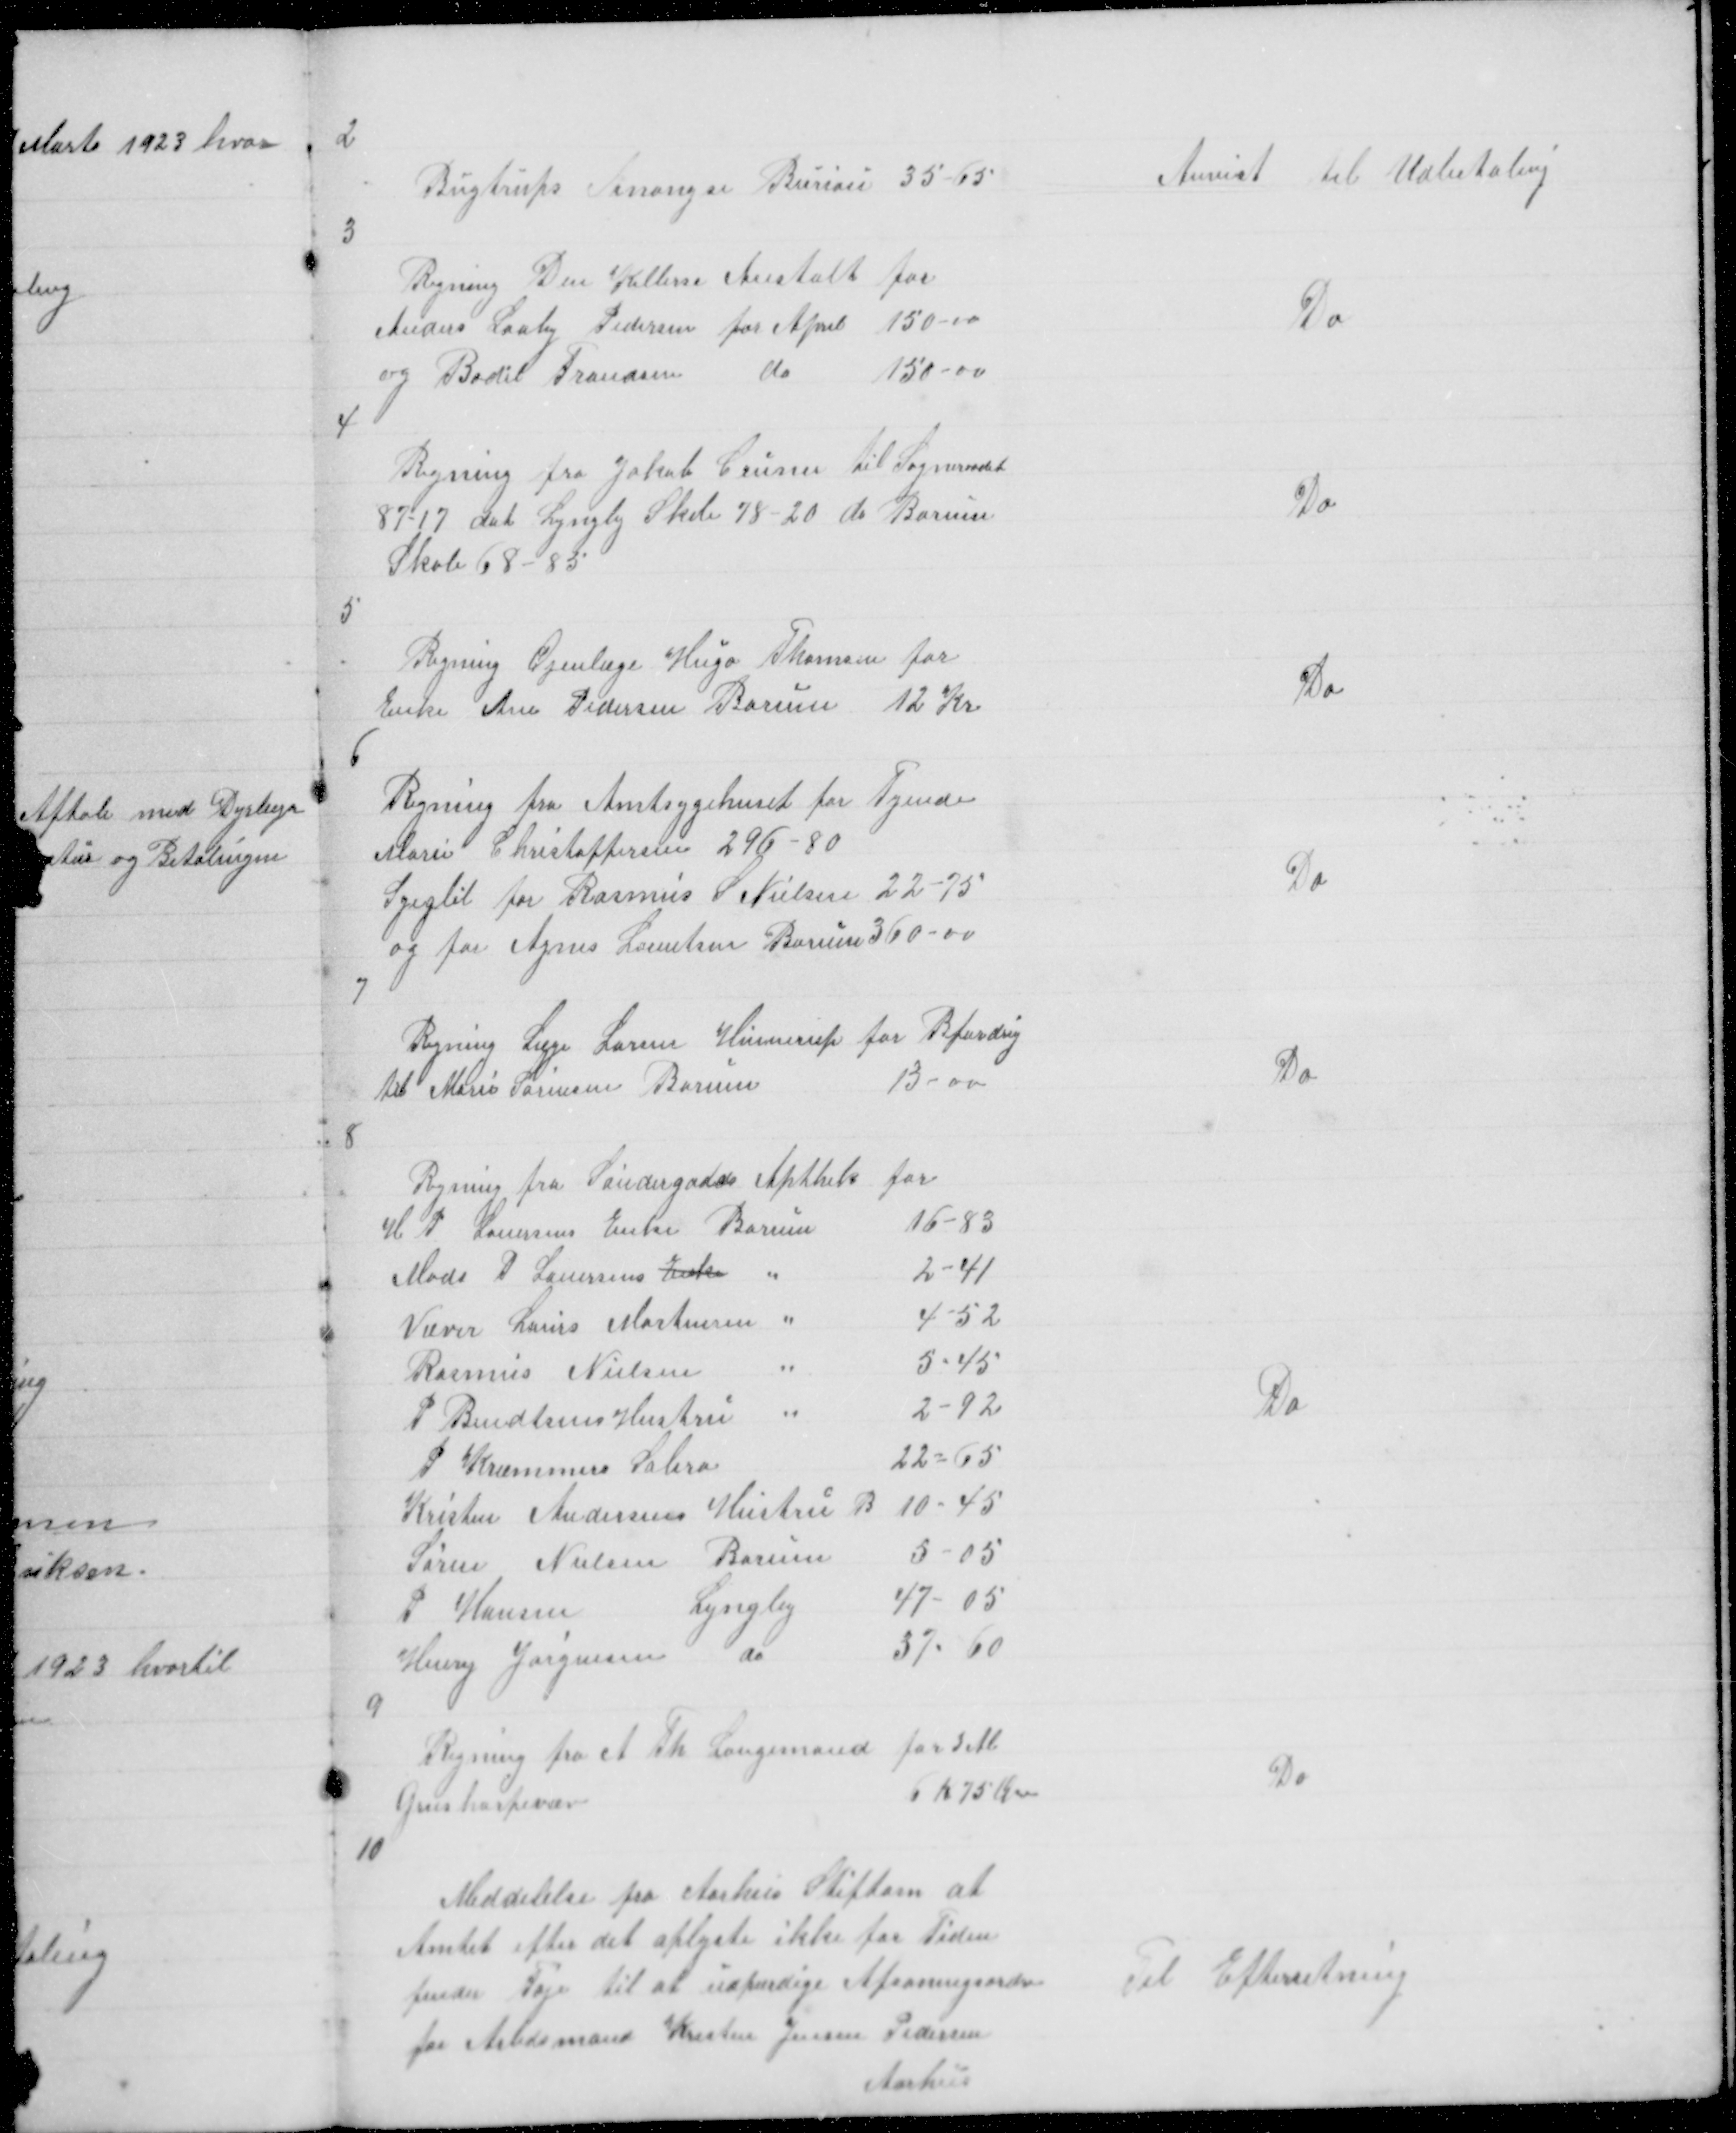
Transskription:
2

Bugtrups Anongse Bureau 35 - 65

Anvist til Udbetaling

3

Regning Den Kellerse Anstalt for
Anders Laaby Pedersen for April 150 - 00
og Bodil Frandsen
do
150 - 00

Do

4

Regning fra Jakob Ceuner til Sogneraadet
87 - 17 do t Lyngby Skole 78 - 20 do Borum
Skole 68 - 85

Do

5

Regning fØjenlæge Hugo Thomsen for
Enke Ane Pedersen Borum 12 Kr

Do

6
Regning fra Amtsygehuset for Tyende
Marie Christoffersen 296 - 80
Syegbil for Rasmus S Nielsen 22 - 75
og for Agnes Lorentsen Borum 360-00

Do

7

Regning Læge Larsen Hinnerup for Befordring
til Marie Sørensen Borum
13 - 00

Do

8

Do

9
Regning fra A Th Langemand for 3 M
Grusharpevæv
6 K 75 Øre

Do

10

Meddelelse fra Aarhus Stiftam at
Amtet efter det oplyste ikke for Tiden
finder Føje til at udfærdige Afsoningsordre
for Arbdsmand Kresten Jensen Pedersen
Aarhus

Til Efterretning